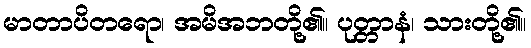
မာတာပိတရော၊ အမိအဘတို့၏။ ပုတ္တာနံ၊ သားတို့၏။